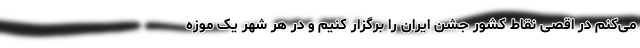
می‌کنم در اقصی نقاط کشور جشن ایران را برگزار کنیم و در هر شهر یک موزه